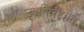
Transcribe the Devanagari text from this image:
उपनिवेशोंन